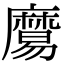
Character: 𪎧